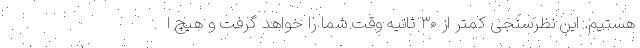
هستیم. این نظرسنجی کمتر از ۳۰ ثانیه وقت شما را خواهد گرفت و هیچ ا